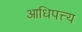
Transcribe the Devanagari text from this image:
आधिपत्त्य